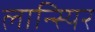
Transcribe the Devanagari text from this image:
लान्स्यिर